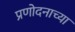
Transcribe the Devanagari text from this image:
प्रणोदनाच्या